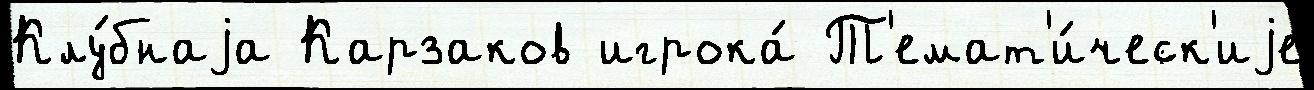
Клу́бнаjа Карзаков игрока́ Т'емат'и́ческ'иjе